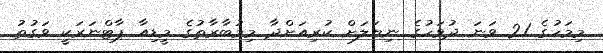
މިމަހުގެ 21 ވަނަ ދުވަހުގެ ނިޔަލަށް ކުރިއަށްދާ މިމުބާރާތުގެ މީޑިއާ ޕާޓްނަރަކީ ވަގުތު